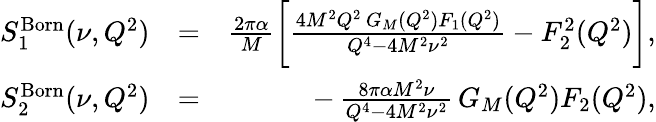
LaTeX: \begin{array}{rlr}{S_{1}^{\mathrm{Born}}(\nu,Q^{2})}&{=}&{\frac{2\pi\alpha}{M}\bigg[\frac{4M^{2}Q^{2}\, G_{M}(Q^{2})F_{1}(Q^{2})}{Q^{4}-4M^{2}\nu^{2}}-F_{2}^{2}(Q^{2})\bigg],}\\ {S_{2}^{\mathrm{Born}}(\nu,Q^{2})}&{=}&{-\, \frac{8\pi\alpha M^{2}\nu}{Q^{4}-4M^{2}\nu^{2}}\, G_{M}(Q^{2})F_{2}(Q^{2}),}\end{array}